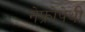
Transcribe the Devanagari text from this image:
नेफ्रोपेथी